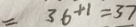
= 3 6 + 1 = 3 7